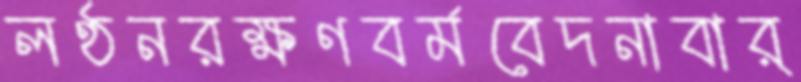
লণ্ঠনরক্ষণবর্মবেদনাবার্